Civil Veterinary Department. Madras. Admin. report 1926-33 - 1926-1933
Year: 1926
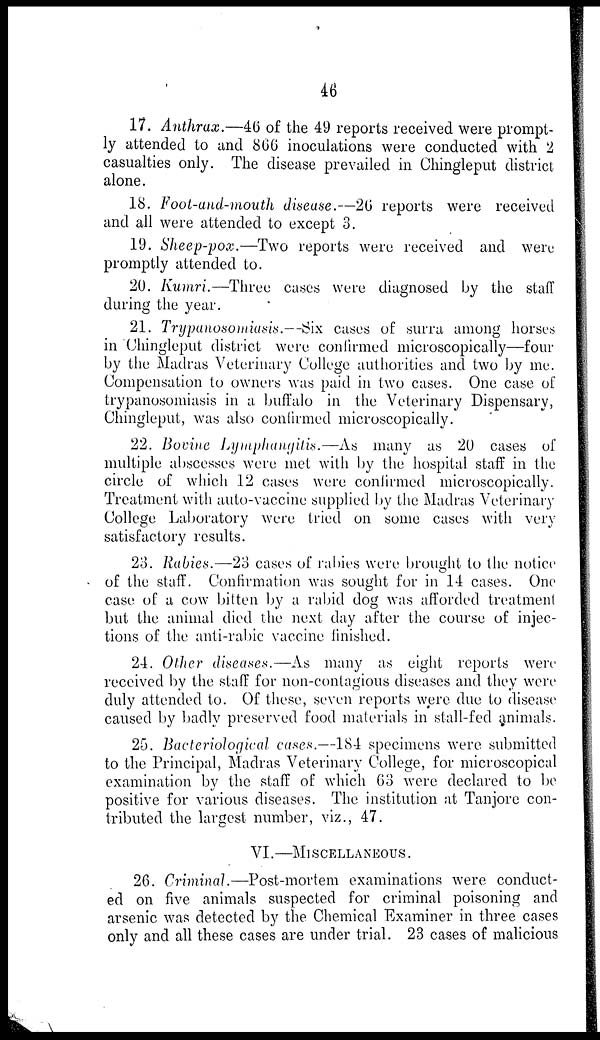
46
17. Anthrax.—46 of the 49 reports received were prompt-
ly attended to and 866 inoculations were conducted with 2
casualties only. The disease prevailed in Chingleput district
alone.
18. Foot-and-mouth disease.—26 reports were received
and all were attended to except 3.
19. Sheep-pox.—Two reports were received and were
promptly attended to.
20. Kumri.—Three cases were diagnosed by the staff
during the year.
21. Trypanosomiasis.—Six cases of surra among horses
in Chingleput district were confirmed microscopically—four
by the Madras Veterinary College authorities and two by me.
Compensation to owners was paid in two cases. One case of
trypanosomiasis in a buffalo in the Veterinary Dispensary,
Chingleput, was also confirmed microscopically.
22. Bovine Lymphangitis.—As many as 20 cases of
multiple abscesses were met with by the hospital staff in the
circle of which 12 cases were confirmed microscopically.
Treatment with auto-vaccine supplied by the Madras Veterinary
College Laboratory were tried on some cases with very
satisfactory results.
23. Rabies.—23 cases of rabies were brought to the notice
of the staff. Confirmation was sought for in 14 cases. One
case of a cow bitten by a rabid dog was afforded treatment
but the animal died the next day after the course of injec-
tions of the anti-rabie vaccine finished.
24. Other diseases.—As many as eight reports were
received by the staff for non-contagious diseases and they were
duly attended to. Of these, seven reports were clue to disease
caused by badly preserved food materials in stall-fed animals.
25. Bacteriological cases.—184 specimens were submitted
to the Principal, Madras Veterinary College, for microscopical
examination by the staff of which 63 were declared to be
positive for various diseases. The institution at Tanjore con-
tributed the largest number, viz., 47.
VI.—MISCELLANEOUS.
26. Criminal.—Post-mortem examinations were conduct-
ed on five animals suspected for criminal poisoning and
arsenic was detected by the Chemical Examiner in three cases
only and all these cases are under trial. 23 cases of malicious